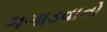
ભગાડવાનો